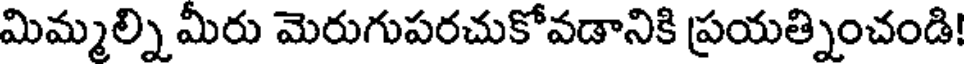
మిమ్మల్ని మీరు మెరుగుపరచుకోవడానికి ప్రయత్నించండి!